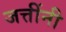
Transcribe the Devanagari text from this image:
जत्तींनी